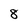
Character: 8